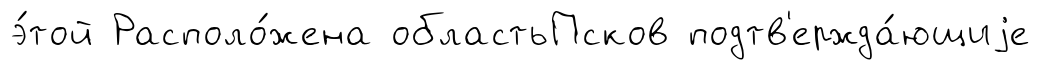
э́той Располо́жена областьПсков подтв'ержда́ющиjе